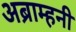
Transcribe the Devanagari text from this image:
अब्राम्हनी